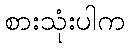
စားသုံးပါက